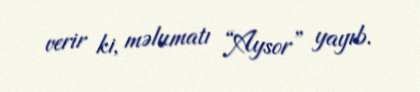
verir ki, məlumatı “Aysor” yayıb.